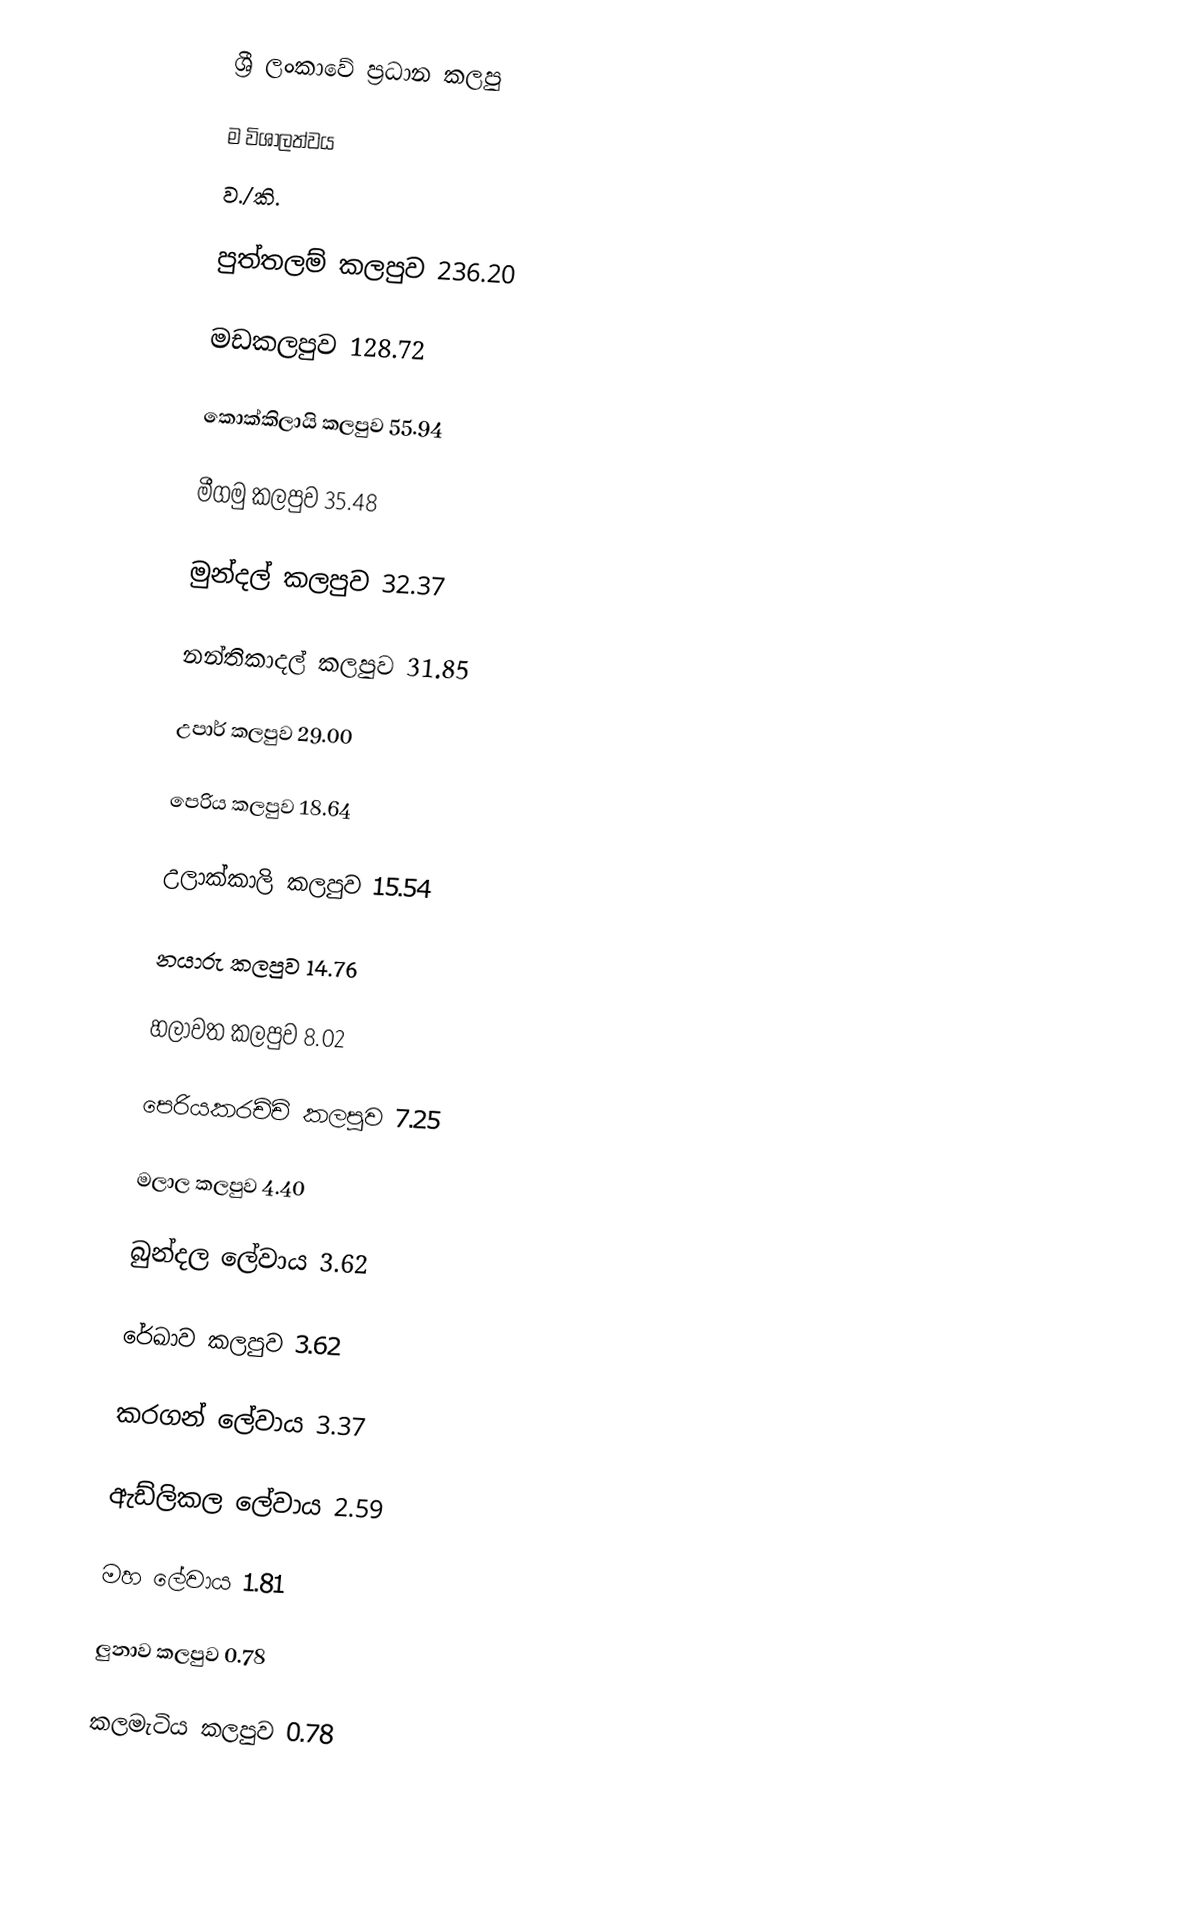
ශ්‍රී ලංකාවේ ප්‍රධාන කලපු

ම                                 විශාලත්වය
                                      ව./කි.

පුත්තලම් කලපුව                        236.20

මඩකලපුව                                 128.72

කොක්කිලායි කලපුව                  55.94

මීගමු කලපුව                             35.48

මුන්දල් කලපුව                          32.37

නන්තිකාදල් කලපුව                   31.85

උපාර් කලපුව                             29.00

පෙරිය කලපුව                           18.64

උලාක්කාලි කලපුව                    15.54

නයාරු කලපුව                           14.76

හලාවත කලපුව                         8.02

පෙරියකරච්චි කලපුව                  7.25

මලාල කලපුව                           4.40

බුන්දල ලේවාය                         3.62

රේඛාව කලපුව                          3.62

කරගන් ලේවාය                        3.37

ඇඩ්ලිකල ලේවාය                     2.59

මහ ලේවාය                              1.81

ලුනාව කලපුව                           0.78

කලමැටිය කලපුව                      0.78